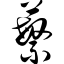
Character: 蘩